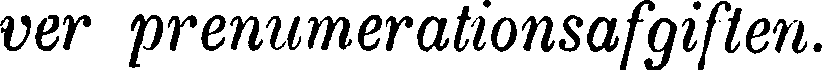
ver prenumerationsafgiften.